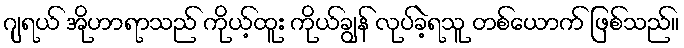
ဂျရယ် အိုဟာရာသည် ကိုယ့်ထူး ကိုယ်ချွန် လုပ်ခဲ့ရသူ တစ်ယောက် ဖြစ်သည်။